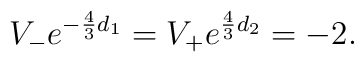
V_- e^{-\frac{4}{3} d_1} =  V_+ e^{\frac{4}{3} d_2} = -2 .